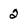
Character: 2